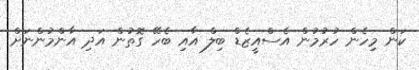
ކަން މިހެން ހުރުމުން އެސްއީޒެޑް ބިލް އާއި ބެހޭ ގޮތުން އަދި އާންމުންނަށް